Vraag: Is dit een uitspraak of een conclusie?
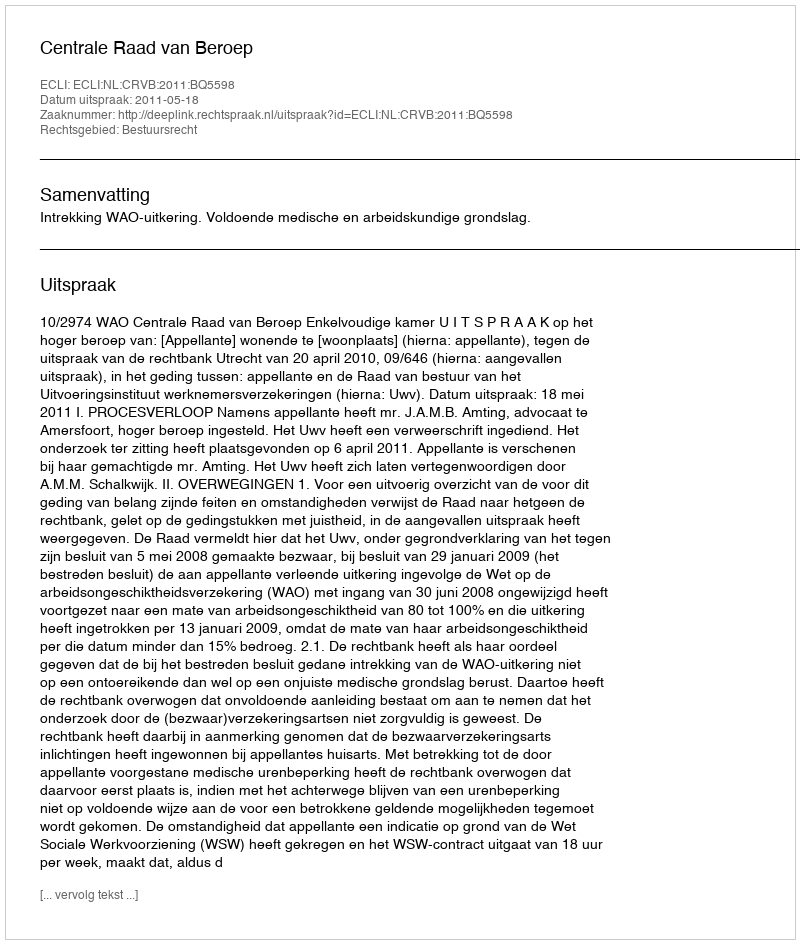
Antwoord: Uitspraak